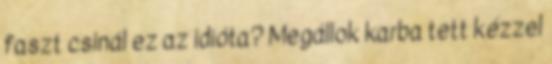
faszt csinál ez az idióta? Megállok karba tett kézzel